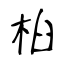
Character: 桕